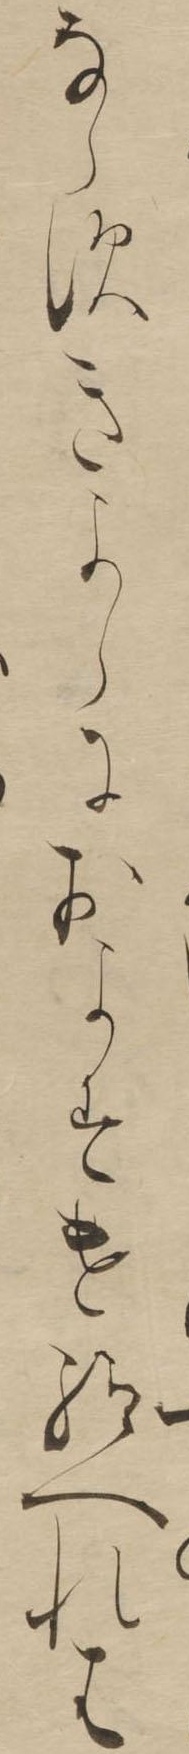
ならすきよらにおよすけ給へれは